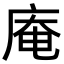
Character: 庵